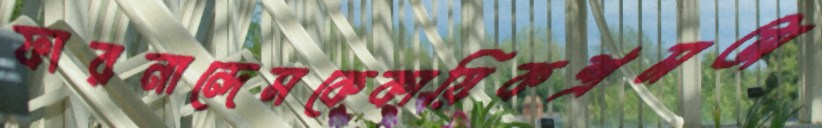
ফারনান্দেসকেকায়িকশ্রমঅ